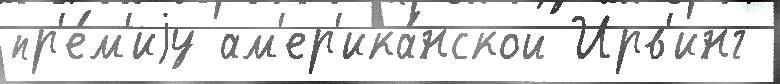
пр'е́м'иjу ам'ер'ика́нской Ирв'инг